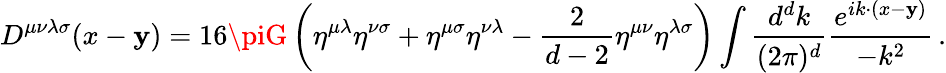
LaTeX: D^{\mu\nu\lambda\sigma}(x-\mathbf{y})=16\piG\left(\eta^{\mu\lambda}\eta^{\nu\sigma}+\eta^{\mu\sigma}\eta^{\nu\lambda}-{\frac{{2}}{{d-2}}}\eta^{\mu\nu}\eta^{\lambda\sigma}\right)\int{\frac{{d^{d}k}}{{(2\pi)^{d}}}}{\frac{{e^{ik\cdot(x-\mathbf{y})}}}{{-k^{2}}}}\, .